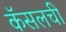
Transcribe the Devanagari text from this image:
कॅसलची